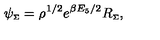
\psi _ { \scriptscriptstyle \Sigma } = \rho ^ { 1 / 2 } e ^ { \beta E _ { 5 } / 2 } R _ { \scriptscriptstyle \Sigma } ,